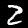
Digit: 2